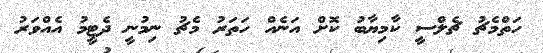
ހަތްމެޗު ޗެލްސީ ކާމިޔާބު ކޮށް އަނެއް ހަތަރު މެޗު ނިމުނީ ދެޓީމު އެއްވަރު